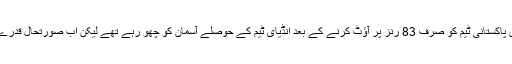
ایشیا کپ میں پاکستانی ٹیم کو صرف 83 رنز پر آؤٹ کرنے کے بعد انڈیای ٹیم کے حوصلے آسمان کو چھو رہے تھے لیکن اب صورتحال قدرے مختلف ہے۔